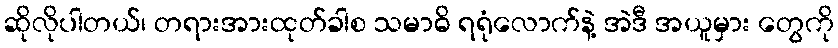
ဆိုလိုပါတယ်၊ တရားအားထုတ်ခါစ သမာဓိ ရရုံလောက်နဲ့ အဲဒီ အယူမှား တွေကို